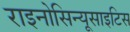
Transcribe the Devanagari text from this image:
राइनोसिन्यूसाइटिस